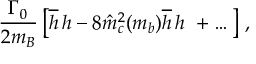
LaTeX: { \frac { \Gamma _ { 0 } } { 2 m _ { B } } } \left[ \overline { { h } } \, h - 8 \hat { m } _ { c } ^ { 2 } ( m _ { b } ) \overline { { h } } \, h \ + \dots \right] \, ,